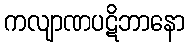
ကလျာဏပဋိဘာနော